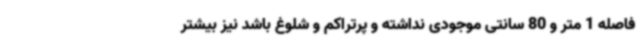
فاصله 1 متر و 80 سانتی موجودی نداشته و پرتراکم و شلوغ باشد نیز بیشتر